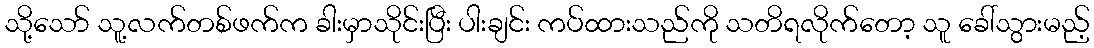
သို့သော် သူ့လက်တစ်ဖက်က ခါးမှာသိုင်းပြီး ပါးချင်း ကပ်ထားသည်ကို သတိရလိုက်တော့ သူ ခေါ်သွားမည့်